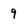
Character: 9